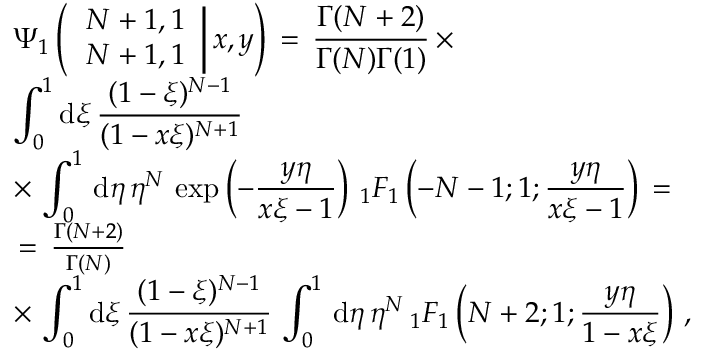
\begin{array} { l } { \displaystyle \Psi _ { 1 } \left( \left. \begin{array} { l } { N + 1 , 1 } \\ { N + 1 , 1 } \end{array} \right| x , y \right) \, = \, \frac { \Gamma ( N + 2 ) } { \Gamma ( N ) \Gamma ( 1 ) } \, \times } \\ { \displaystyle \int _ { 0 } ^ { 1 } \mathrm { d } \xi \, \frac { ( 1 - \xi ) ^ { N - 1 } } { ( 1 - x \xi ) ^ { N + 1 } } \, \, } \\ { \displaystyle \times \, \int _ { 0 } ^ { 1 } \, \mathrm { d } \eta \, \eta ^ { N } \, \exp \left( - \frac { y \eta } { x \xi - 1 } \right) \, { } _ { 1 } F _ { 1 } \left( - N - 1 ; 1 ; \frac { y \eta } { x \xi - 1 } \right) \, = \, } \\ { \, = \, \frac { \Gamma ( N + 2 ) } { \Gamma ( N ) } \, \, } \\ { \displaystyle \times \, \displaystyle \int _ { 0 } ^ { 1 } \mathrm { d } \xi \, \frac { ( 1 - \xi ) ^ { N - 1 } } { ( 1 - x \xi ) ^ { N + 1 } } \, \int _ { 0 } ^ { 1 } \, \mathrm { d } \eta \, \eta ^ { N } \, { } _ { 1 } F _ { 1 } \left( N + 2 ; 1 ; \frac { y \eta } { 1 - x \xi } \right) \, , } \end{array}